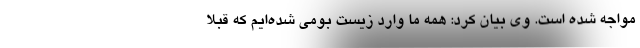
مواجه شده است. وی بیان کرد: همه ما وارد زیست بومی شده‌ایم که قبلاً